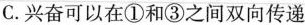
C.兴奋可以在①和③之间双向传递